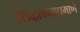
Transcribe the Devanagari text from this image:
सिद्धांकनाप्रमाणे